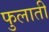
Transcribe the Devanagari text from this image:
फुलाती